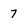
Character: 7